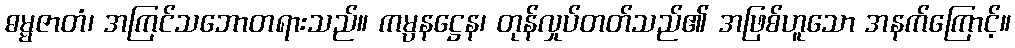
ဓမ္မဇာတံ၊ အကြင်သဘောတရားသည်။ ကမ္ပနဋ္ဌေန၊ တုန်လှုပ်တတ်သည်၏ အဖြစ်ဟူသော အနက်ကြောင့်။